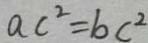
a c ^ { 2 } = b c ^ { 2 }